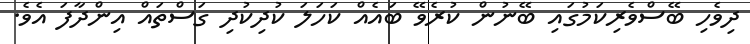
ދިވެހި ބޭސްވެރިކަމުގައި ބޭނުން ކުރެވޭ ބައެއް ކަހަލަ ކުދިކުދި ގަސްތައް އިންދާފަ އެވެ.